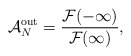
\begin{align*}{\cal A}_N^{\rm out} = { {\cal F}(-\infty) \over {\cal F}(\infty)},\end{align*}